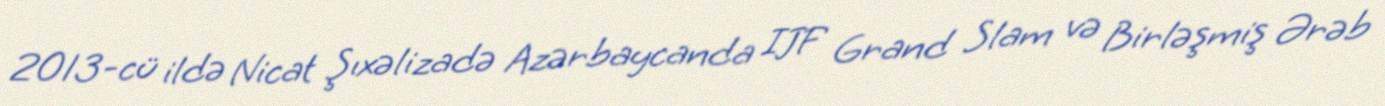
2013-cü ildə Nicat Şıxəlizadə Azərbaycanda IJF Grand Slam və Birləşmiş Ərəb